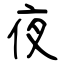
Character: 夜